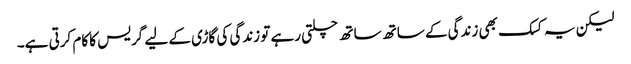
لیکن یہ کسک بھی زندگی کے ساتھ ساتھ چلتی رہے تو زندگی کی گاڑی کے لیے گریس کا کام کرتی ہے۔